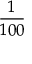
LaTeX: \frac { 1 } { 1 0 0 }